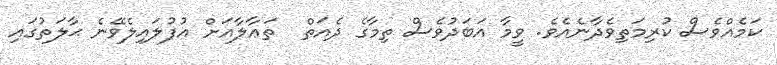
ކަމެއްވެސް ކުރިމަތިވެދާނެއެވެ. ވީމާ އަބަދުވެސް ތިމާގެ ދެއަތް  ތަޢާލާއަށް އުފުލައިލެވޭނެ ޙާލަތުގައި